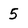
Character: 5